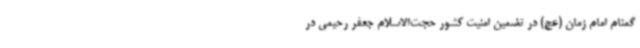
گمنام امام زمان (عج) در تضمین امنیت کشور حجت‌الاسلام جعفر رحیمی در